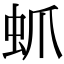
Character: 䖣